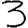
Digit: 3